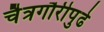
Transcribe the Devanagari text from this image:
चैत्रगौरीपुढे